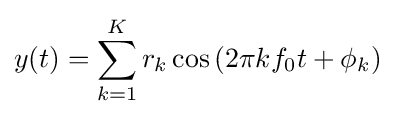
y(t)=\sum _{k=1}^{K}r_{k}\cos \left(2\pi kf_{0}t+\phi _{k}\right)